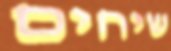
שיחים